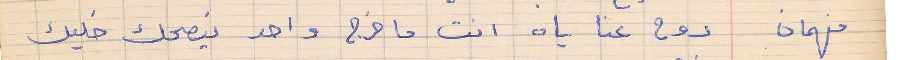
فهمان   روح عنا ياه انت ما خرج واحد ينصحك خليك